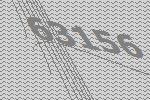
63156